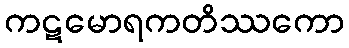
ကဋမောရကတိဿကော